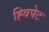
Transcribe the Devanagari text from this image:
ह्विपेट